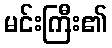
မင်းကြီး၏